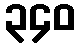
၃၄၀